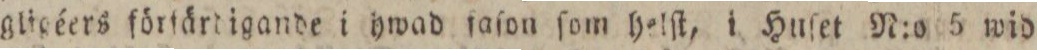
gligéers förfärdigande i hwad faſon ſom helſt, i Huſet N:o 5 wid